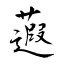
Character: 蕸